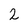
Character: 2